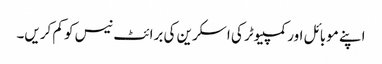
اپنے موبائل اور کمپیوٹر کی اسکرین کی برائٹ نیس کو کم کریں۔